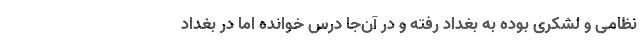
نظامی و لشکری بوده به بغداد رفته و در آن‌جا درس خوانده اما در بغداد